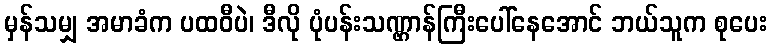
မှန်သမျှ အမာခံက ပထဝီပဲ၊ ဒီလို ပုံပန်းသဏ္ဌာန်ကြီးပေါ်နေအောင် ဘယ်သူက စုပေး